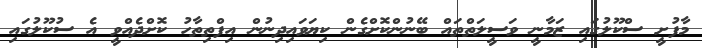
މާފުށީ ސްކޫލުގައި ޒަމާނީ ވަސީލަތްތައް ބޭނުންކޮށްގެން ކިޔަވައިދިނުން އިފްތިތާހު ކޮށްދެއްވީ އެ ސުކޫލުގައި